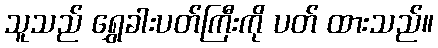
သူသည် ရွှေခါးပတ်ကြီးကို ပတ် ထားသည်။